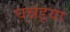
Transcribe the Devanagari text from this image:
घन्नइया